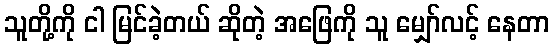
သူတို့ကို ငါ မြင်ခဲ့တယ် ဆိုတဲ့ အဖြေကို သူ မျှော်လင့် နေတာ